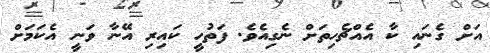
އަށް ގެނައި ކާ އެއްޗެހިތަށް ނެގިއެވެ. ފަތުހީ ކައިރި އޭނާ ވަނީ އެކަމަށް